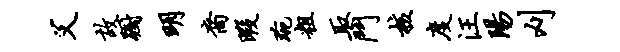
父故蹰明裔暇琬粗取斗核度汪阳刈